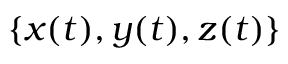
\{ x ( t ) , y ( t ) , z ( t ) \}